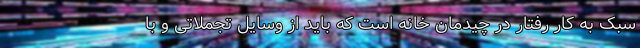
سبک به کار رفتار در چیدمان خانه است که باید از وسایل تجملاتی و با